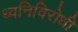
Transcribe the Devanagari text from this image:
ध्वनिविरोधी